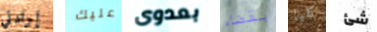
إرادتي عليك بعدوى بقضاء كليا شئ